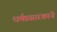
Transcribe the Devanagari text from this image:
धर्मप्रसारकाने